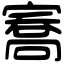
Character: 㝯